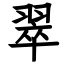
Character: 翠